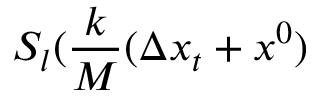
S _ { l } ( \frac { k } { M } ( \Delta x _ { t } + x ^ { 0 } )